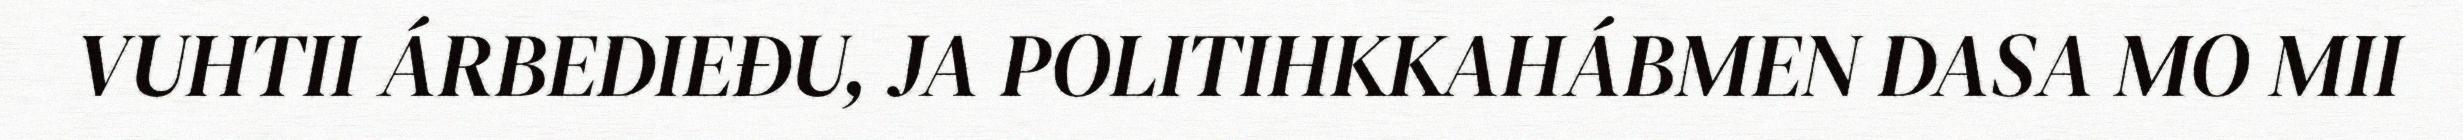
VUHTII ÁRBEDIEĐU, JA POLITIHKKAHÁBMEN DASA MO MII